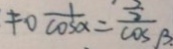
\neq 0 \frac { 1 } { \cos \alpha } = \frac { \frac { 2 } { 2 } } { \cos \beta }